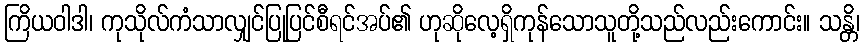
ကြိယဝါဒါ၊ ကုသိုလ်ကံသာလျှင်ပြုပြင်စီရင်အပ်၏ ဟုဆိုလေ့ရှိကုန်သောသူတို့သည်လည်းကောင်း။ သန္တိ၊